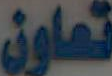
تعاون